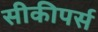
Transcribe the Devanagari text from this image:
सीकीपर्स